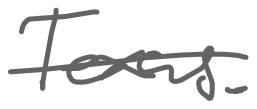
Text: Texas.
Cross-out: single-line
Writing tool: digital_gray